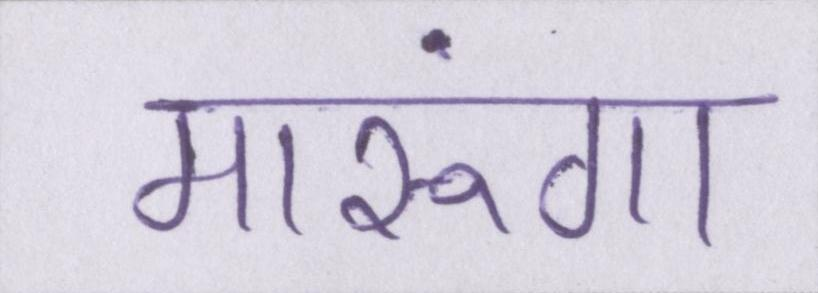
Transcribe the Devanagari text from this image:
मारूंगा